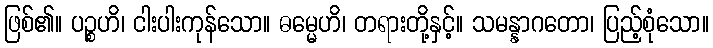
ဖြစ်၏။ ပဉ္စဟိ၊ ငါးပါးကုန်သော။ ဓမ္မေဟိ၊ တရားတို့နှင့်။ သမန္နာဂတော၊ ပြည့်စုံသော။